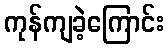
ကုန်ကျခဲ့ကြောင်း